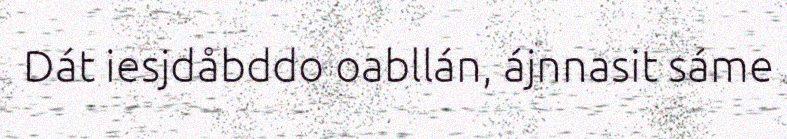
Dát iesjdåbddo oabllán, ájnnasit sáme